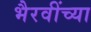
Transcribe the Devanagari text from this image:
भैरवींच्या